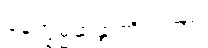
နေက္ခမ္မဆန္ဒာဘိရတော